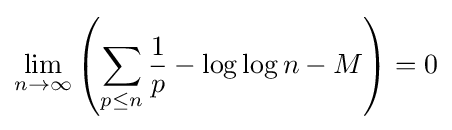
\lim _{n\to \infty }\left(\sum _{p\leq n}{\frac {1}{p}}-\log \log n-M\right)=0